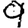
Digit: 9